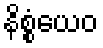
နိစ္စံယေဝ